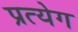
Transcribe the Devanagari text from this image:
प्रत्येग